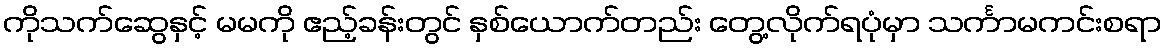
ကိုသက်ဆွေနှင့် မမကို ဧည့်ခန်းတွင် နှစ်ယောက်တည်း တွေ့လိုက်ရပုံမှာ သင်္ကာမကင်းစရာ